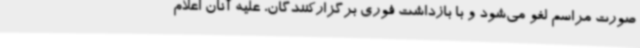
صورت مراسم لغو می‌شود و با بازداشت فوری برگزارکنندگان، علیه آنان اعلام